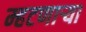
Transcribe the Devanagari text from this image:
म्हटणाऱ्या